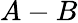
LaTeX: A-B